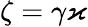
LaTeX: \zeta=\gamma\varkappa